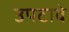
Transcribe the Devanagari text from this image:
उपटावे